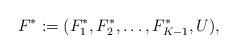
LaTeX: \begin{align*} F^*: = (F^*_1,F^*_2,\dots,F^*_{K-1}, U),\end{align*}